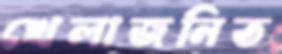
খেলাজনিত